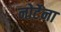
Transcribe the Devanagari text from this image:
नोर्टेना